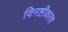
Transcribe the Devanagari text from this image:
विनष्टीकरण